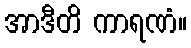
အာဒီတိ ကာရဏံ။